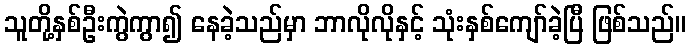
သူတို့နှစ်ဦးကွဲကွာ၍ နေခဲ့သည်မှာ ဘာလိုလိုနှင့် သုံးနှစ်ကျော်ခဲ့ပြီ ဖြစ်သည်။